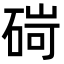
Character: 碋